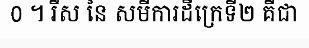
0 ។ រឹស នៃ សមីការដឺក្រេទី២ គឺជា